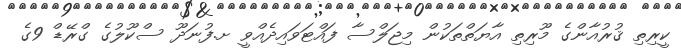
ކީރިތި ޤުރުއާންގެ މޫރިތި އާޔަތްތަކުން މިޖަލްސާ ފައްޓަވައިދެއްވީ ށ.ފުނަދޫ ސްކޫލުގެ ގްރޭޑް 9ގެ